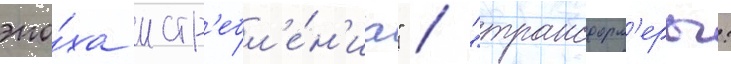
эпо́ха истр'ебл'е́н'иа" / "трансформ'еры: